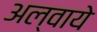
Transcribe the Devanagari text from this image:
अल्वाये